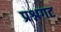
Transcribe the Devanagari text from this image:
प्रश्नगट